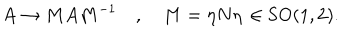
A \rightarrow M A M ^ { - 1 } \quad , \quad M = \eta N \eta \, \in \mathrm { S O ( 1 , 2 ) . }